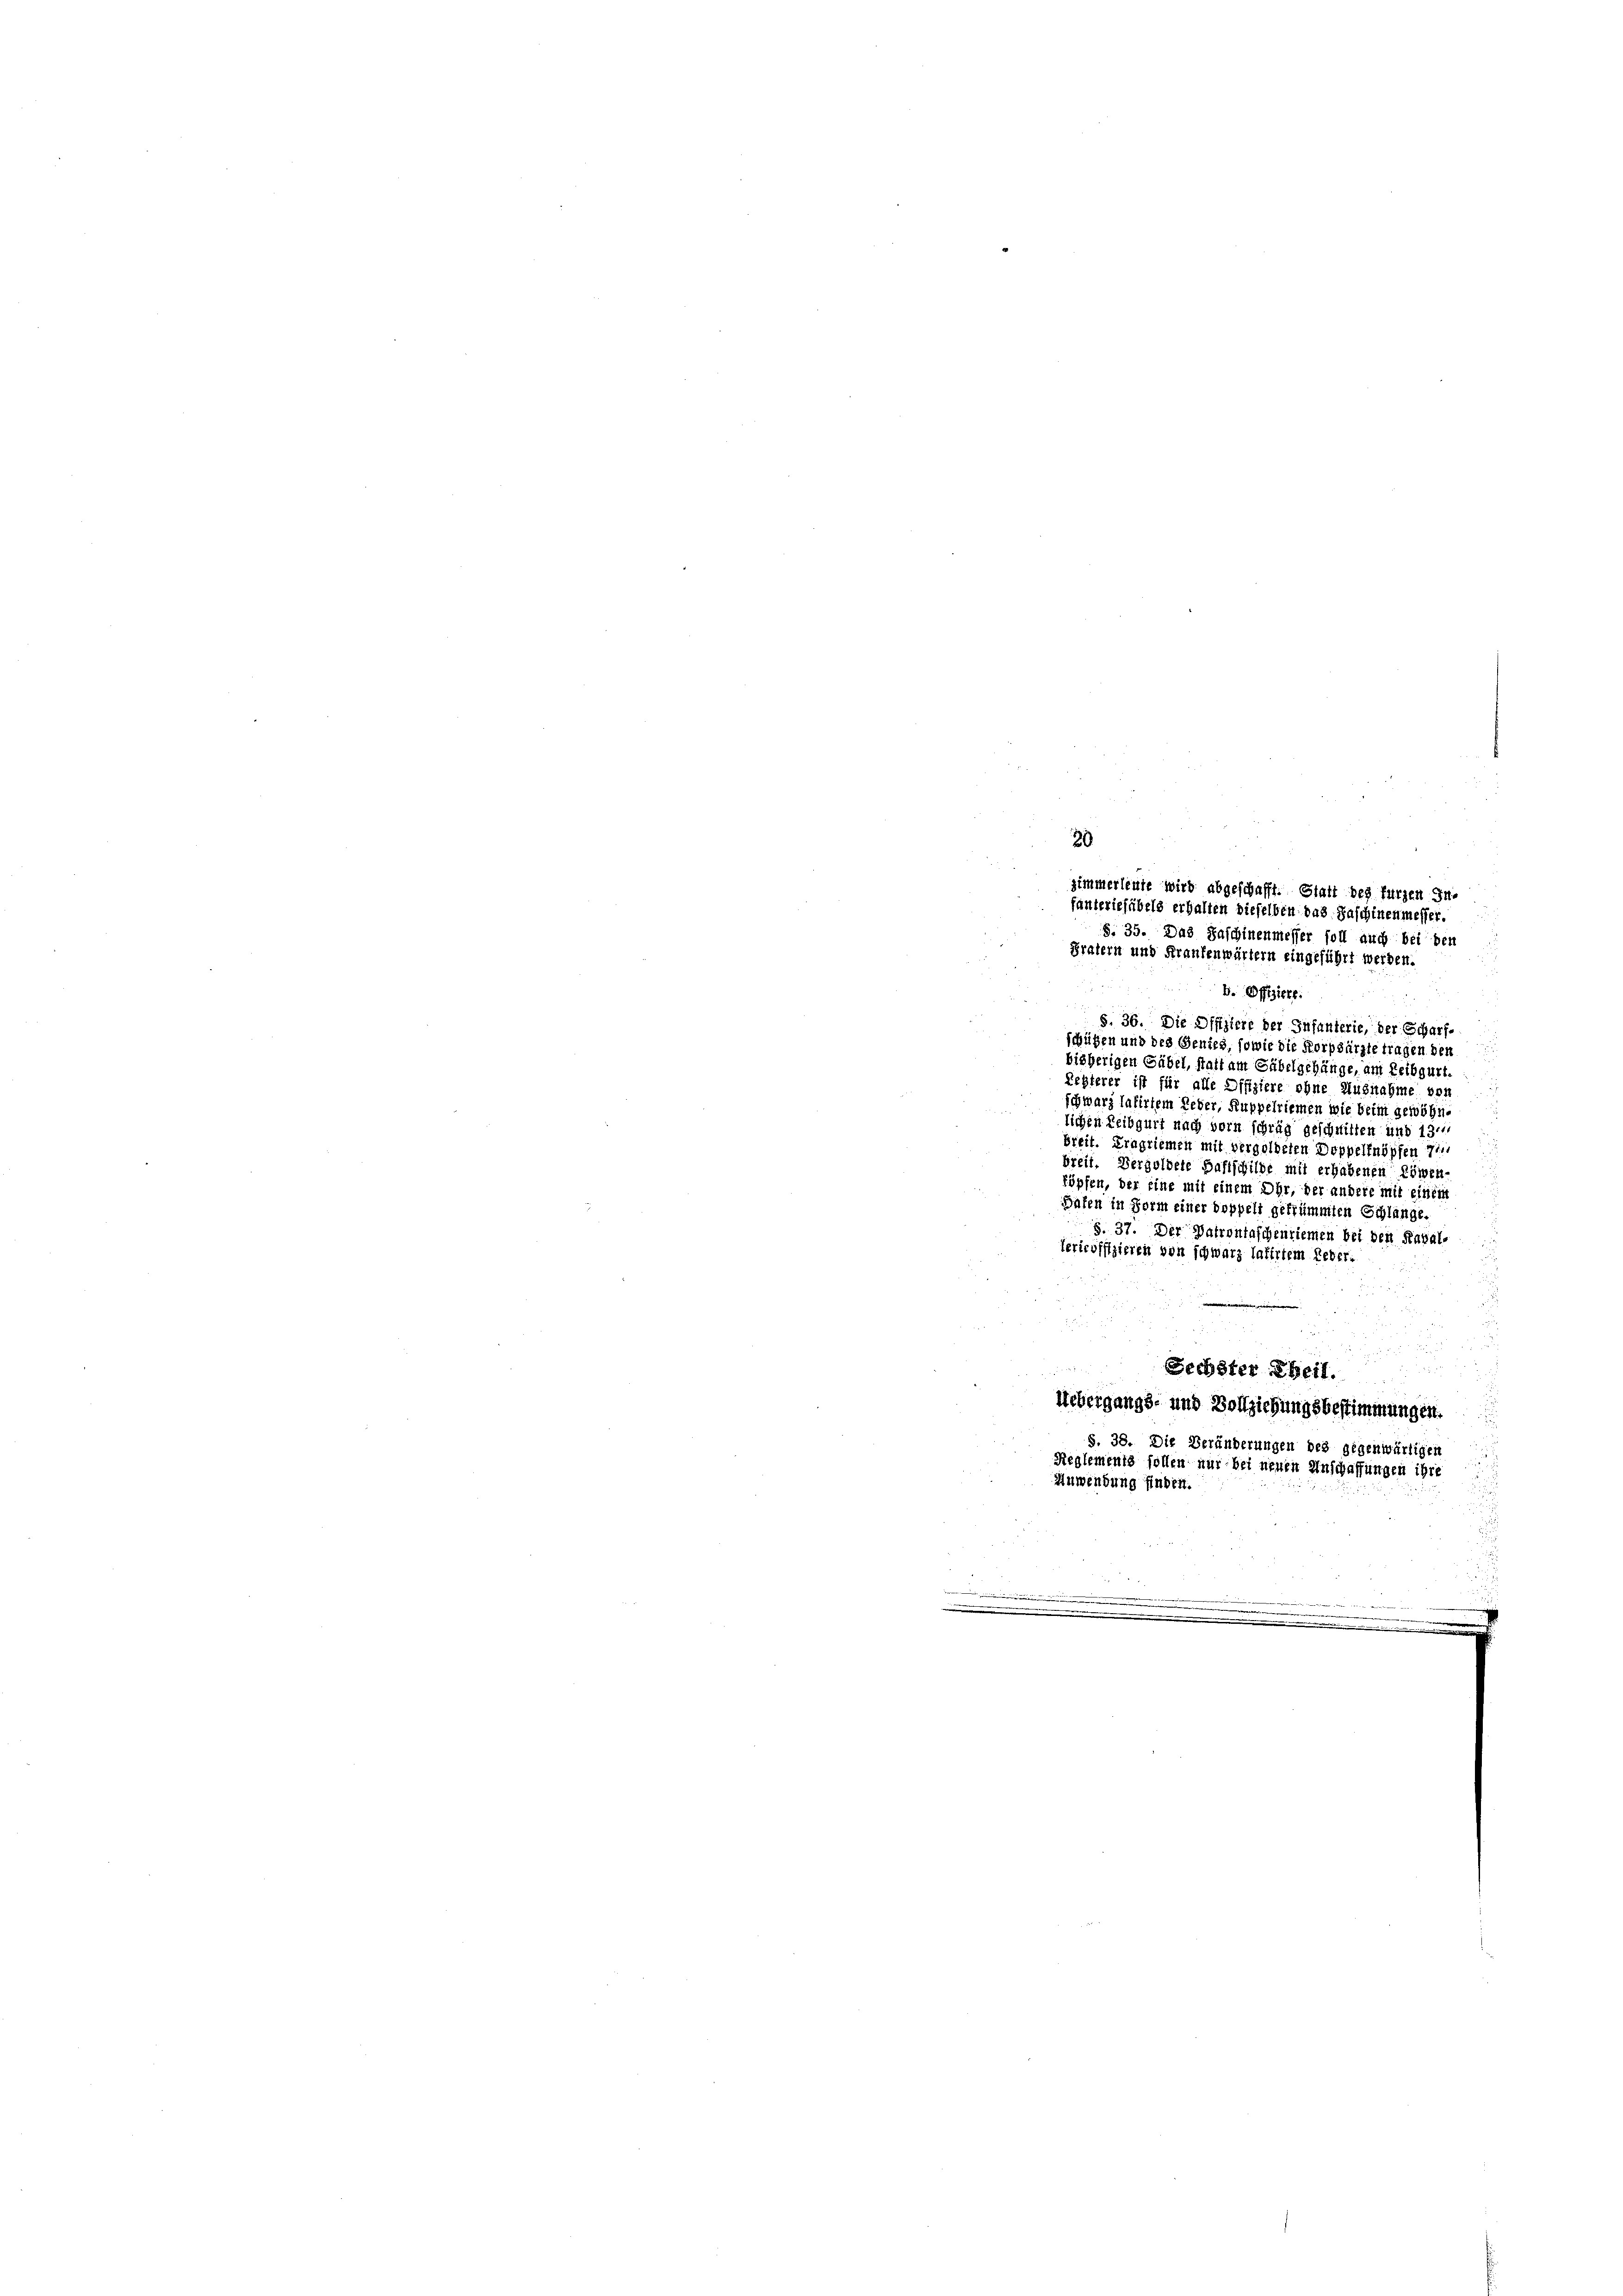
b. Offiziere.
S. 36. Die Offiziere der Infanterie, der Scharfschützen und des Genies, sowie die Korpsärzte tragen den
bisherigen Gübel, statt am Säbelgehänge, am Leibgurt.
Lesterer ist für alle Offiziere ohne Ausnahme von
schwarz lafirtem Leber, Ruppelriemen wie beim gewöhn.
lichen Leibgurt nach vorn schräg geschwitten und 13.
breit. Fragriemen mit vergoldeten Doppeltnöpfen 7.
breit. Dergoldete Haftschilde mit erhabenen Löwen-
köpfen, der Eine mit einem Ohr, der andere mit einem
Hafen in Form einer doppelt gestimmten Schlange
S. 37. Der Patrontaschentiemen bei den Reval-
lericoffizieren von schwarz latirtem Leber¬
Sechster Theil.
N 22 A
Uebergangs- und Vollziehungsbestimmungen.
S. 38. Die Veränderungen des gegenwärtigen
Reglements sollen nur bei neuen Anschaffungen ihre
Anwendung finden.
 |
.

20
Grafern und Fraufenwärtern eingeführt werden.

zimmerleute wird abgeschafft. Glatt bey fürzen In-
fanteriehübels erhalten dieselben das Zuschinenmesser.
S. 35. Das Paschinenmesser soll auch bei den